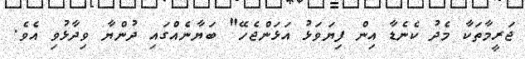
ޖަރީމާތަކާ މެދު ކެނެޑާ އިން ފިޔަވަޅު އަޅަންޖެހޭ" ބަޔާނެއްގައި ދުންޔާ ވިދާޅުވި އެވެ.